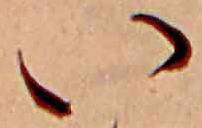
い